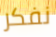
نفكر